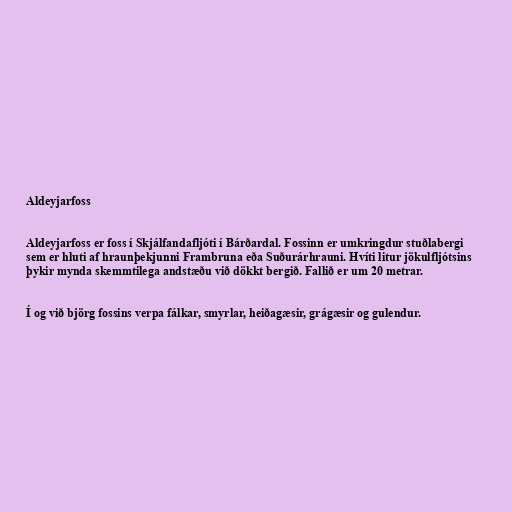
Aldeyjarfoss

Aldeyjarfoss er foss í Skjálfandafljóti í Bárðardal. Fossinn er umkringdur stuðlabergi
sem er hluti af hraunþekjunni Frambruna eða Suðurárhrauni. Hvíti litur jökulfljótsins
þykir mynda skemmtilega andstæðu við dökkt bergið. Fallið er um 20 metrar.

Í og við björg fossins verpa fálkar, smyrlar, heiðagæsir, grágæsir og gulendur.